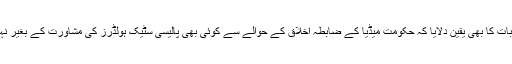
انہوں نے اس بات کا بھی یقین دلایا کہ حکومت میڈیا کے ضابطہ اخلاق کے حوالے سے کوئی بھی پالیسی سٹیک ہولڈرز کی مشاورت کے بغیر نہیں بنائے گی ۔